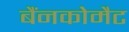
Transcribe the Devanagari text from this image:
बैंनकोमैट